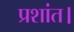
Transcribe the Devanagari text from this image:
प्रशांत।